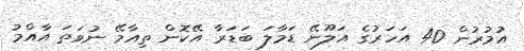
އުމުރުން 40 އަހަރުގެ އަލޫނޭ ޑަމާލަ ބަޑަރާ އޭކޮން ތިއާމޭ ނުވަތަ އާއްމު